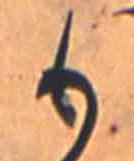
も